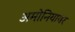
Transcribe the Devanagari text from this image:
अमोनियावर